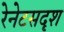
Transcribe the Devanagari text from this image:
रेनेटसदृश